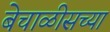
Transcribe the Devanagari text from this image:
बेचाळीसच्या